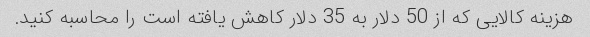
هزینه کالایی که از 50 دلار به 35 دلار کاهش یافته است را محاسبه کنید.